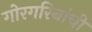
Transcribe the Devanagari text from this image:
गोरगरिबांची